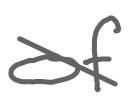
Text: of
Cross-out: diagonal
Writing tool: digital_gray